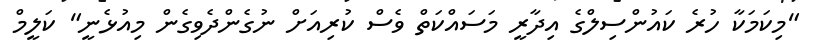
"މިކަމަކާ ހުރެ ކައުންސިލްގެ އިދާރީ މަސައްކަތް ވެސް ކުރިއަށް ނުގެންދެވިގެން މިއުޅެނީ" ކަލީމް